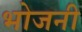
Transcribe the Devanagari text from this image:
भोजनी